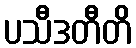
ပသီဒတီတိ